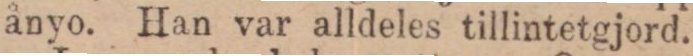
ånyo. Han var alldeles tillintetgjord.